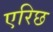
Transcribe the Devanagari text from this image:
एरिछ